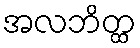
အလဘိတ္ထ